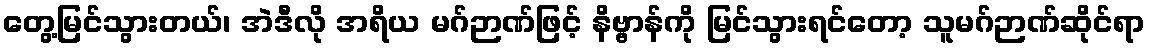
တွေ့မြင်သွားတယ်၊ အဲဒီလို အရိယ မဂ်ဉာဏ်ဖြင့် နိဗ္ဗာန်ကို မြင်သွားရင်တော့ သူမဂ်ဉာဏ်ဆိုင်ရာ